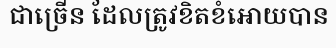
ជាច្រើន ដែលត្រូវខិតខំអោយបាន